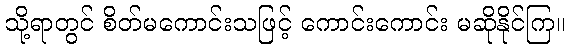
သို့ရာတွင် စိတ်မကောင်းသဖြင့် ကောင်းကောင်း မဆိုနိုင်ကြ။